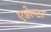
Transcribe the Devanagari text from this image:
एडेल्टा